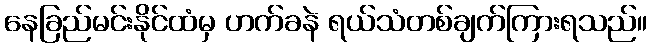
နေခြည်မင်းနိုင်ထံမှ ဟက်ခနဲ ရယ်သံတစ်ချက်ကြားရသည်။